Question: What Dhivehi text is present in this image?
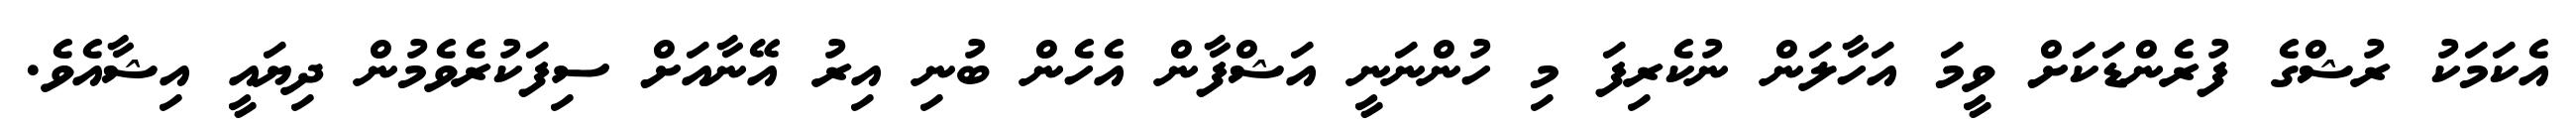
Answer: އެކަމަކު ރުޝްގެ ފުރެންޑަކަށް ވީމަ އަހާލަން ނުކެރިފަ މި ހުންނަނީ އަޝްފާން އެހެން ބުނި އިރު އޭނާއަށް ސިފަކުރެވެމުން ދިޔައީ އިޝާއެވެ.